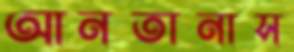
আনতানাস